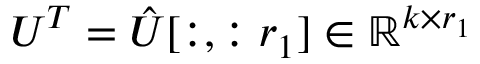
U ^ { T } = \hat { U } [ : , : r _ { 1 } ] \in \mathbb { R } ^ { k \times r _ { 1 } }